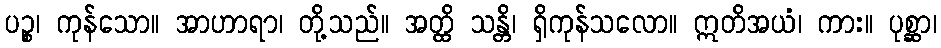
ပဉ္စ၊ ကုန်သော။ အာဟာရာ၊ တို့သည်။ အတ္ထိ သန္တိ၊ ရှိကုန်သလော။ ဣတိအယံ၊ ကား။ ပုစ္ဆာ၊